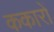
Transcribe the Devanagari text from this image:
ककारों